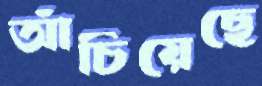
আঁচিয়েছে